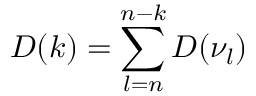
D ( k ) = \sum _ { l = n } ^ { n - k } D ( \nu _ { l } )